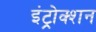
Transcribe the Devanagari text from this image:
इंट्रोक्शन